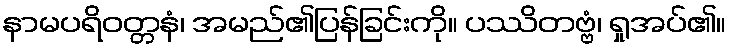
နာမပရိဝတ္တနံ၊ အမည်၏ပြန်ခြင်းကို။ ပဿိတဗ္ဗံ၊ ရှုအပ်၏။